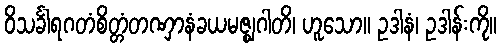
ဝိသင်္ခါရဂတံစိတ္တံတဏှာနံခယမဇ္ဈဂါတိ၊ ဟူသော။ ဥဒါနံ၊ ဥဒါန်းကို။